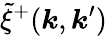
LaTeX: \tilde{\xi}^{+}(\boldsymbol{k},\boldsymbol{k}^{\prime})